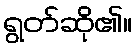
ရွတ်ဆို၏။